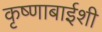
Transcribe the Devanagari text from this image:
कृष्णाबाईशी